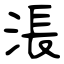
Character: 涱